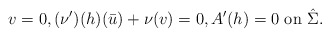
\begin{align*} v=0, (\nu')(h) (\bar u) + \nu (v)=0, A'(h)=0\mbox{ on } \hat \Sigma.\end{align*}